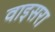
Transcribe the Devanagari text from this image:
वाइसरा